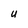
Character: U